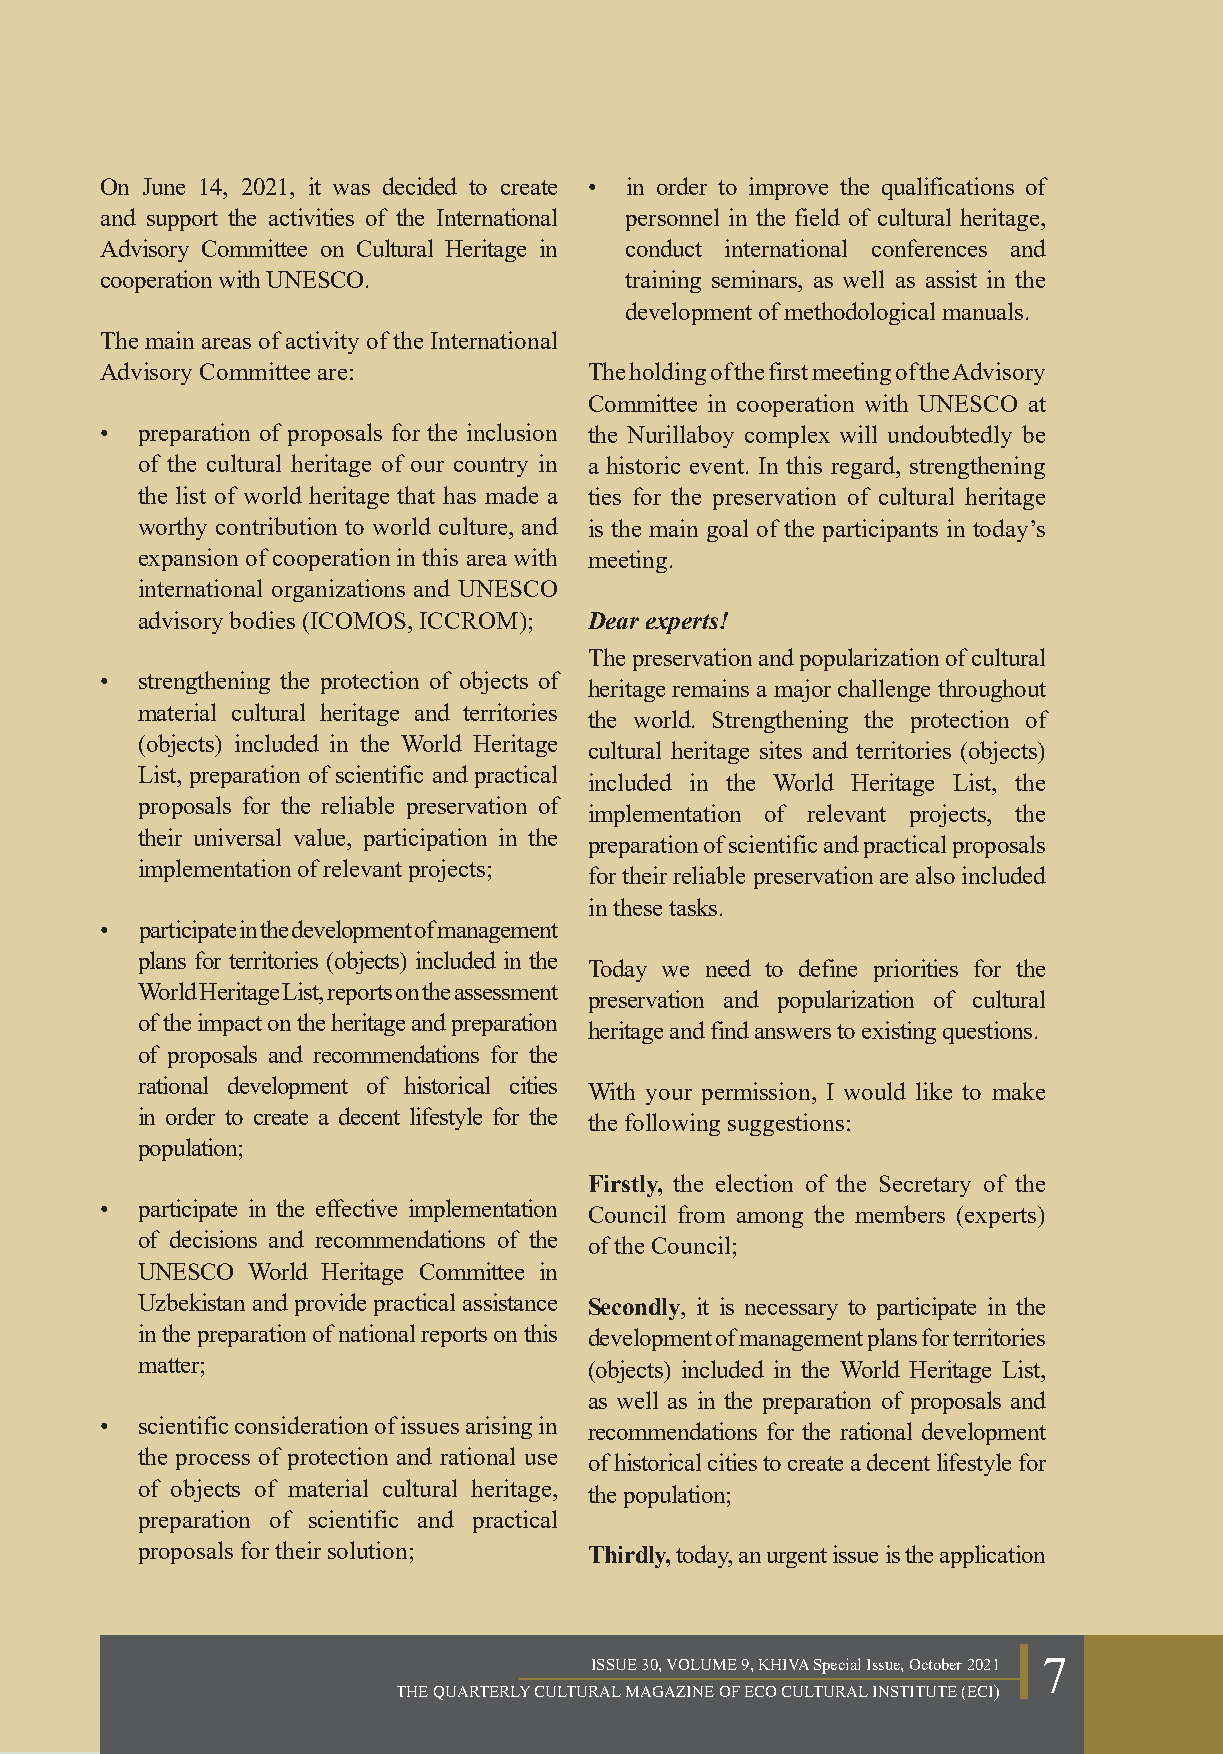
On June 14, 2021, it was decided to create • in order to improve the qualifications of
 and support the activities of the International personnel in the field of cultural heritage,
 Advisory Committee on Cultural Heritage in conduct international conferences and
 cooperation with UNESCO.           training seminars, as well as assist in the
 development of methodological manuals.
 The main areas of activity of the International
 Advisory Committee are:         The holding of the first meeting of the Advisory
 Committee in cooperation with UNESCO at
 • preparation of proposals for the inclusion the Nurillaboy complex will undoubtedly be
 of the cultural heritage of our country in a historic event. In this regard, strengthening
 the list of world heritage that has made a ties for the preservation of cultural heritage
 worthy contribution to world culture, and is the main goal of the participants in today’s
 expansion of cooperation in this area with meeting.
 international organizations and UNESCO
 advisory bodies (ICOMOS, ICCROM); Dear experts!
 The preservation and popularization of cultural
 • strengthening the protection of objects of
 heritage remains a major challenge throughout
 material cultural heritage and territories
 the world. Strengthening the protection of
 (objects) included in the World Heritage
 cultural heritage sites and territories (objects)
 List, preparation of scientific and practical
 included in the World Heritage List, the
 proposals for the reliable preservation of
 implementation of relevant projects, the
 their universal value, participation in the
 preparation of scientific and practical proposals
 implementation of relevant projects;
 for their reliable preservation are also included
 in these tasks.
 • participate in the development of management
 plans for territories (objects) included in the
 Today we need to define priorities for the
 World Heritage List, reports on the assessment
 preservation and popularization of cultural
 of the impact on the heritage and preparation
 heritage and find answers to existing questions.
 of proposals and recommendations for the
 rational development of historical cities With your permission, I would like to make
 in order to create a decent lifestyle for the the following suggestions:
 population;
 Firstly, the election of the Secretary of the
 • participate in the effective implementation Council from among the members (experts)
 of decisions and recommendations of the of the Council;
 UNESCO  World Heritage Committee in
 Uzbekistan and provide practical assistance Secondly, it is necessary to participate in the
 in the preparation of national reports on this development of management plans for territories
 matter;                       (objects) included in the World Heritage List,
 as well as in the preparation of proposals and
 • scientific consideration of issues arising in recommendations for the rational development
 the process of protection and rational use of historical cities to create a decent lifestyle for
 of objects of material cultural heritage, the population;
 preparation of scientific and practical
 proposals for their solution; Thirdly, today, an urgent issue is the application
 ISSUE 30, VOLUME 9, KHIVA Special Issue, October 2021 7
 THE QUARTERLY CULTURAL MAGAZINE OF ECO CULTURAL INSTITUTE (ECI)